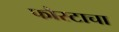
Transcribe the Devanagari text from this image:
फौस्टाचा